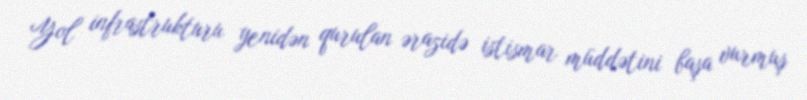
Yol infrastrukturu yenidən qurulan ərazidə istismar müddətini başa vurmuş